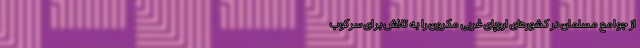
از جوامع مسلمان در کشورهای اروپای غربی مکرون را به تلاش برای سرکوب